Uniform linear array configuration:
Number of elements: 48
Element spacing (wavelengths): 0.5
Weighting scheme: binomial
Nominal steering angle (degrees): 15
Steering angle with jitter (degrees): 16.22
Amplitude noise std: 0.05
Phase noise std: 0.05

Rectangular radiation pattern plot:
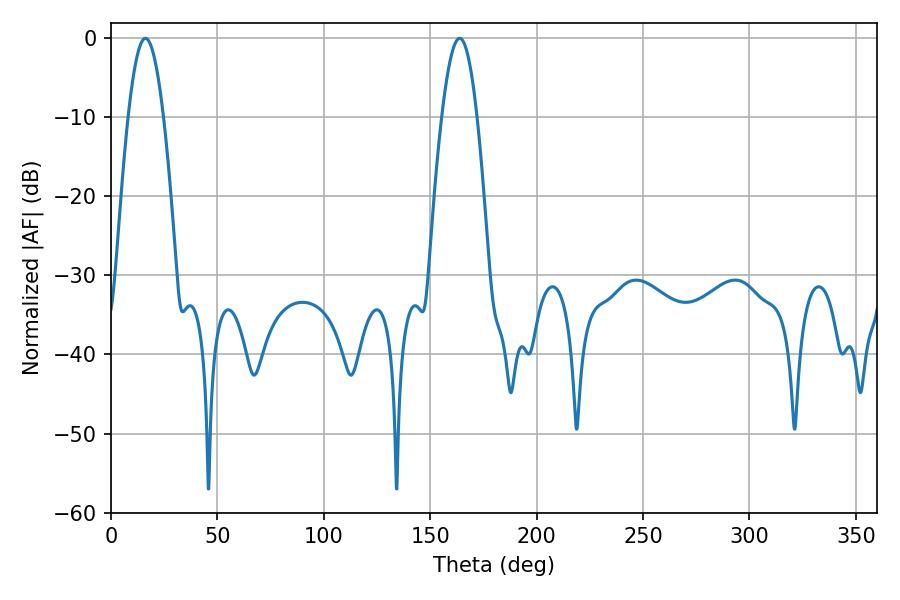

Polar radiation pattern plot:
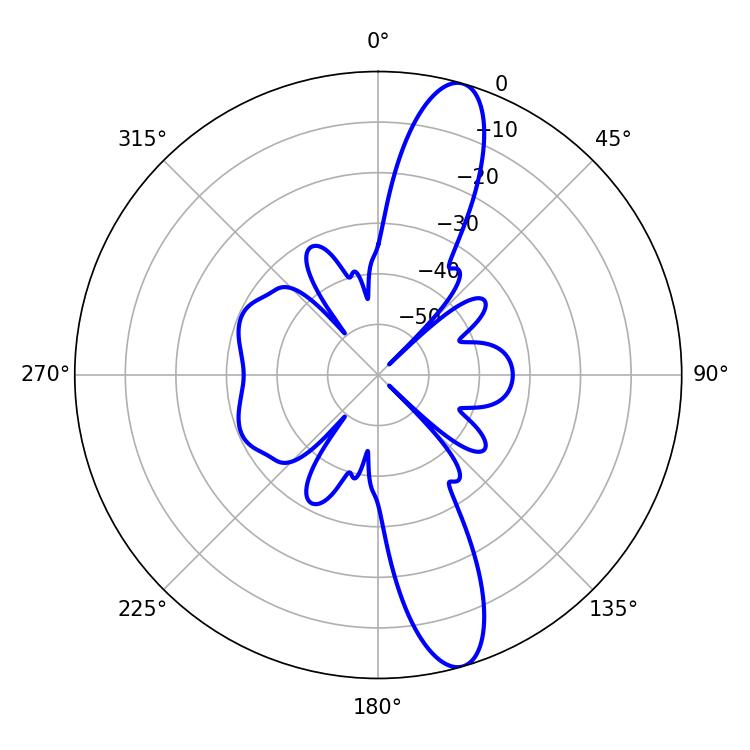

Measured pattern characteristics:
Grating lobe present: FALSE
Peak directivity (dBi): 13.257
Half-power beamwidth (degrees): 9
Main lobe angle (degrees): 163.8